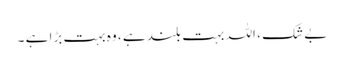
بے شک ، اللہ بہت بلند ہے ، وہ بہت بڑا ہے ۔